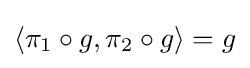
\left\langle \pi _{1}\circ g,\pi _{2}\circ g\right\rangle =g